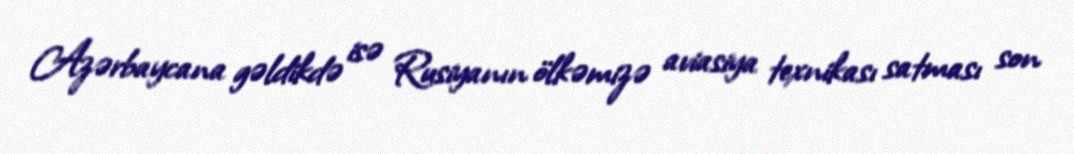
Azərbaycana gəldikdə isə Rusiyanın ölkəmizə aviasiya texnikası satması son